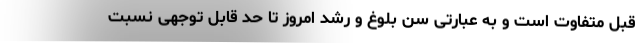
قبل متفاوت است و به عبارتی سن بلوغ و رشد امروز تا حد قابل توجهی نسبت